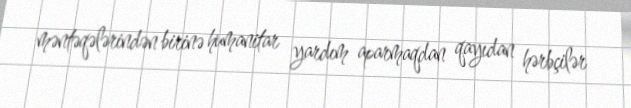
məntəqələrindən birinə humanitar yardım aparmaqdan qayıdan hərbçilər